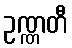
ဥဏ္ဏတီ